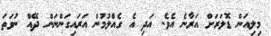
މިލިއަން ޑޮލަރަށް އަރާނެ އެވެ. އަދި އެ ގެއްލުމުން އަރައިގަންނަން ދޭއް ނުވަތަ